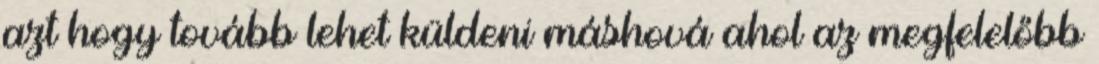
azt hogy tovább lehet küldeni máshová ahol az megfelelőbb